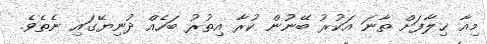
މިއާ ޚިލާފަށް ތާނަ އަކުރު ބޭނުން ކުރާ އިތުރު ބަހެއް ދުނިޔޭގައި ނެތެވެ.